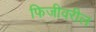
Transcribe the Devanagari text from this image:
फिजीवरील